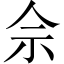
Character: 佘